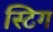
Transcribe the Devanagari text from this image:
स्टिग